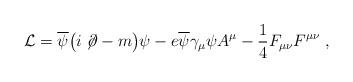
LaTeX: \begin{align*}{\cal L} = \overline{\psi} \bigl( i \not{{\hskip-.08cm}\partial} -m\bigr) \psi - e \overline{\psi} \gamma_\mu \psi A^\mu - {1 \over 4}F_{\mu \nu} F^{\mu \nu} \;,\end{align*}